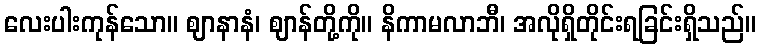
လေးပါးကုန်သော။ ဈာနာနံ၊ ဈာန်တို့ကို။ နိကာမလာဘီ၊ အလိုရှိတိုင်းရခြင်းရှိသည်။